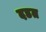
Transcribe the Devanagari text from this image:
दडत